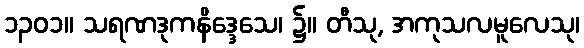
၁၃၀၁။ သရဏဒုကနိဒ္ဒေသေ၊ ၌။ တီသု, အကုသလမူလေသု၊